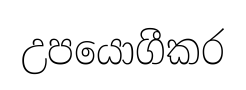
උපයොගීකර